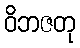
ဝိဘဇတု